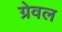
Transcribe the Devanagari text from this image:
ग्रेवल